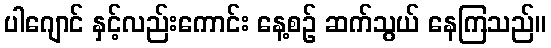
ပါဂျောင် နှင့်လည်းကောင်း နေ့စဉ် ဆက်သွယ် နေကြသည်။